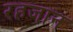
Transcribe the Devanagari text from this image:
रहजान